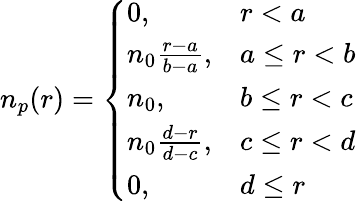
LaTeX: n_{p}(r)=\left\{ \begin{array}{ll}{0,}&{r<a}\\ {n_{0}\frac{r-a}{b-a},}&{a\leq r<b}\\ {n_{0},}&{b\leq r<c}\\ {n_{0}\frac{d-r}{d-c},}&{c\leq r<d}\\ {0,}&{d\leq r}\end{array}\right.